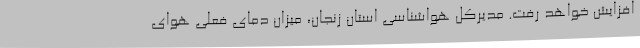
افزایش خواهد رفت. مدیرکل هواشناسی استان زنجان، میزان دمای فعلی هوای